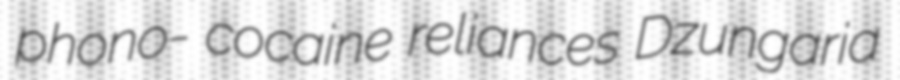
phono- cocaine reliances Dzungaria